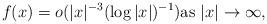
LaTeX: \begin{align*}f(x)=o(|x|^{-3}(\log |x|)^{-1}) \mbox{as $|x|\to\infty$},\end{align*}